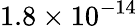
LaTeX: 1.8\times 10^{-14}